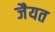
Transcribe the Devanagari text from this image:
जैयत